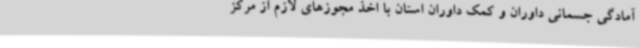
آمادگی جسمانی داوران و کمک داوران استان با اخذ مجوزهای لازم از مرکز